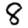
Digit: 8